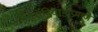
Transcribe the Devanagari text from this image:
स्पॅनियार्डांप्रमाणे